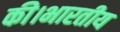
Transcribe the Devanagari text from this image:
की।भारतीय